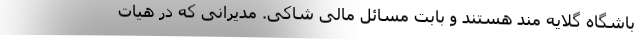
باشگاه گلایه مند هستند و بابت مسائل مالی شاکی. مدیرانی که در هیات